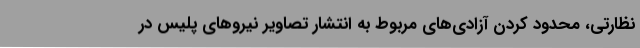
نظارتی، محدود کردن آزادی‌های مربوط به انتشار تصاویر نیروهای پلیس در